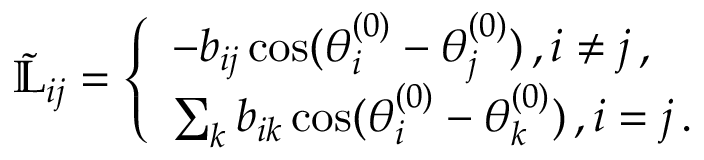
\begin{array} { r } { \tilde { \mathbb { L } } _ { i j } = \left\{ \begin{array} { l l } { - b _ { i j } \cos ( \theta _ { i } ^ { ( 0 ) } - \theta _ { j } ^ { ( 0 ) } ) \, , i \neq j \, , } \\ { \sum _ { k } b _ { i k } \cos ( \theta _ { i } ^ { ( 0 ) } - \theta _ { k } ^ { ( 0 ) } ) \, , i = j \, . } \end{array} \right. } \end{array}